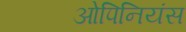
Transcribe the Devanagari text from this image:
ओपिनियंस